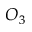
O _ { 3 }